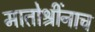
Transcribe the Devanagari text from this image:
मातोश्रींनाच